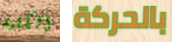
الكلية بالحركة